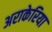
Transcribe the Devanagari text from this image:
अराकेरिया